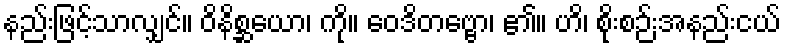
နည်းဖြင့်သာလျှင်။ ဝိနိစ္ဆယော၊ ကို။ ဝေဒိတဗ္ဗော၊ ၏။ ဟိ၊ စိုးစဉ်းအနည်းငယ်